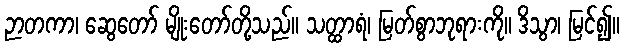
ဉာတကာ၊ ဆွေတော် မျိုးတော်တို့သည်။ သတ္ထာရံ၊ မြတ်စွာဘုရားကို။ ဒိသွာ၊ မြင်၍။